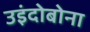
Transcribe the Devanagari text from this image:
उइंदोबोना